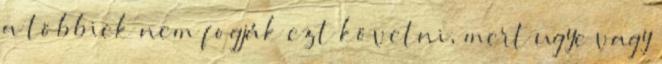
a többiek nem fogják ezt követni, mert ugye vagy